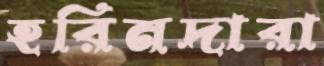
হরিনদারা